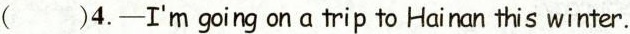
( )4.-I'm going on a trip to Hai nan this winter.